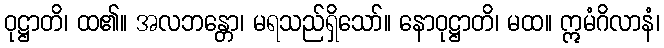
ဝုဋ္ဌာတိ၊ ထ၏။ အလဘန္တော၊ မရသည်ရှိသော်။ နောဝုဋ္ဌာတိ၊ မထ။ ဣမံဂိလာနံ၊